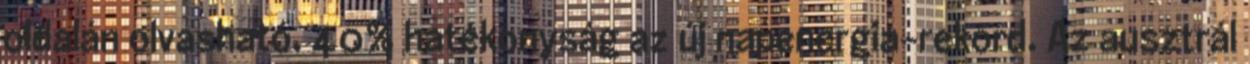
oldalán olvasható. 40% hatékonyság az új napenergia-rekord. Az ausztrál